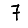
Digit: 7